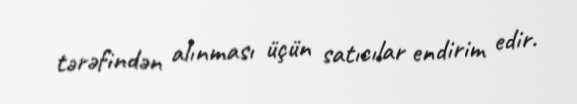
tərəfindən alınması üçün satıcılar endirim edir.